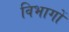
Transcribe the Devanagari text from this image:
विभागों